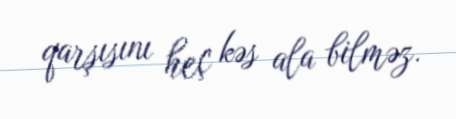
qarşısını heç kəs ala bilməz.